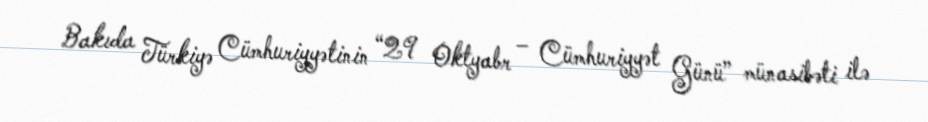
Bakıda Türkiyə Cümhuriyyətinin “29 Oktyabr – Cümhuriyyət Günü” münasibəti ilə